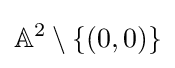
\mathbb {A} ^{2}\setminus \{(0,0)\}